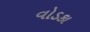
વોડકા